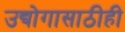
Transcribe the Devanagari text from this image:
उद्योगासाठीही